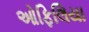
ઓફિલિયા